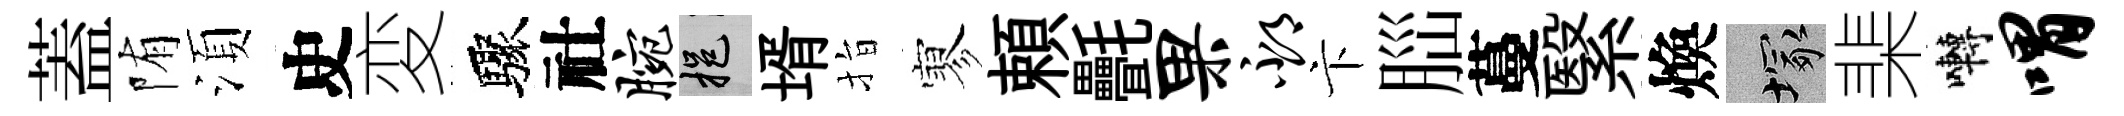
蓋陏湏史変驟社腕挹壻指寥頼㲲果邳卞𦛁蔓繄煥塚棐囀喟